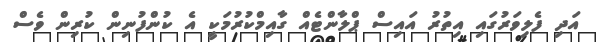
އަދި ފެލިވަރުގައި އިތުރު އައިސް ޕްލާންޓެއް ގާއިމްކުރުމަކީ އެ ކުންފުނިން ކުރިން ވެސް